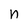
Character: n